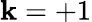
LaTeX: \mathbf{k}=+1